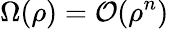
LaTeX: \Omega(\rho)=\mathcal{O}(\rho^{n})